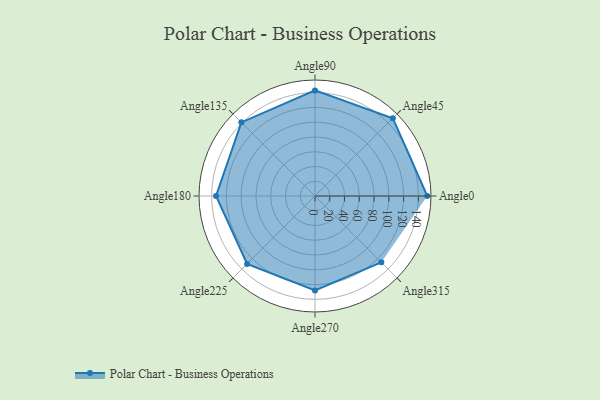
{"axis": {"x": "Angle", "y": "Radius"}, "legend": [""], "data": [{"x": "Angle0", "y": 152.0, "type": ""}, {"x": "Angle45", "y": 149.0, "type": ""}, {"x": "Angle90", "y": 143.0, "type": ""}, {"x": "Angle135", "y": 141.0, "type": ""}, {"x": "Angle180", "y": 134.0, "type": ""}, {"x": "Angle225", "y": 130.0, "type": ""}, {"x": "Angle270", "y": 128.0, "type": ""}, {"x": "Angle315", "y": 127.0, "type": ""}]}